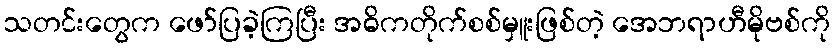
သတင်းတွေက ဖော်ပြခဲ့ကြပြီး အဓိကတိုက်စစ်မှူးဖြစ်တဲ့ အေဘရာဟီမိုဗစ်ကို